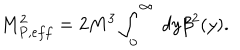
M _ { P , e f f } ^ { 2 } = 2 M ^ { 3 } \int _ { 0 } ^ { \infty } \ d y \beta ^ { 2 } ( y ) .